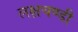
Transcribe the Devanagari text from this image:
लक्षचण्डी